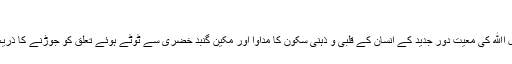
‘‘
گویا اہل اﷲ کی معیت دورِ جدید کے انسان کے قلبی و ذہنی سکون کا مداوا اور مکینِ گنبدِ خضری سے ٹوٹے ہوئے تعلق کو جوڑنے کا ذریعہ ہے۔